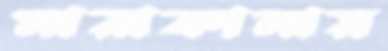
মারাকানায়